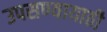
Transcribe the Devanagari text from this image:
उपसण्यायाठी